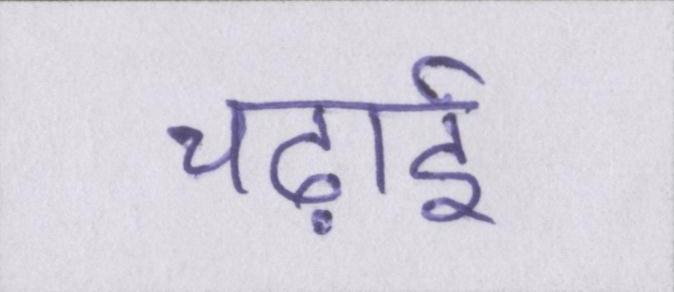
चढ़ाई